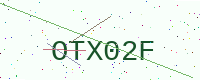
Text: OTX02F